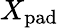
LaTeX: X_{\mathrm{pad}}